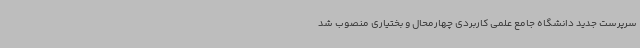
سرپرست جدید دانشگاه جامع علمی کاربردی چهارمحال و بختیاری منصوب شد